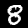
Label: 8